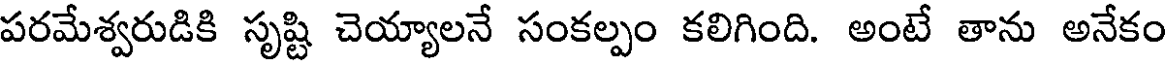
పరమేశ్వరుడికి సృష్టి చెయ్యాలనే సంకల్పం కలిగింది. అంటే తాను అనేకం